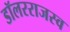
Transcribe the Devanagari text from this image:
डॉलरराजस्व